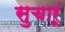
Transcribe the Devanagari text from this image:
सुचारूं